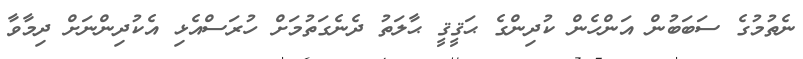
ނެތުމުގެ ސަބަބުން އަންހެން ކުދިންގެ ޙަޤީޤީ ޙާލަތު ދެނެގަތުމަށް ހުރަސްއެޅި އެކުދިންނަށް ދިމާވާ